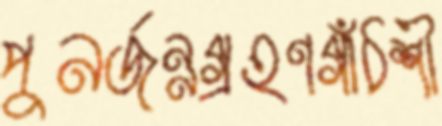
পুনর্জন্মগ্রহণগাঁঠশী